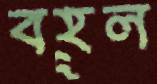
বহূল